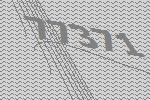
77371